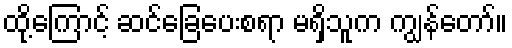
ထို့ကြောင့် ဆင်ခြေပေးစရာ မရှိသူက ကျွန်တော်။